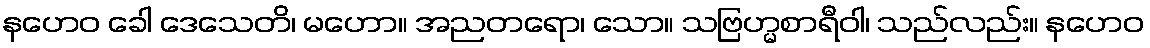
နဟေဝ ခေါ ဒေသေတိ၊ မဟော။ အညတရော၊ သော။ သဗြဟ္မစာရီဝါ၊ သည်လည်း။ နဟေဝ